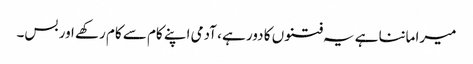
میرا ماننا ہے یہ فتنوں کا دور ہے ، آدمی اپنے کام سے کام رکھے اور بس۔